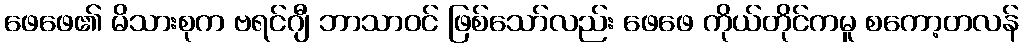
ဖေဖေ၏ မိသားစုက ဗရင်ဂျီ ဘာသာဝင် ဖြစ်သော်လည်း ဖေဖေ ကိုယ်တိုင်ကမူ စကော့တလန်